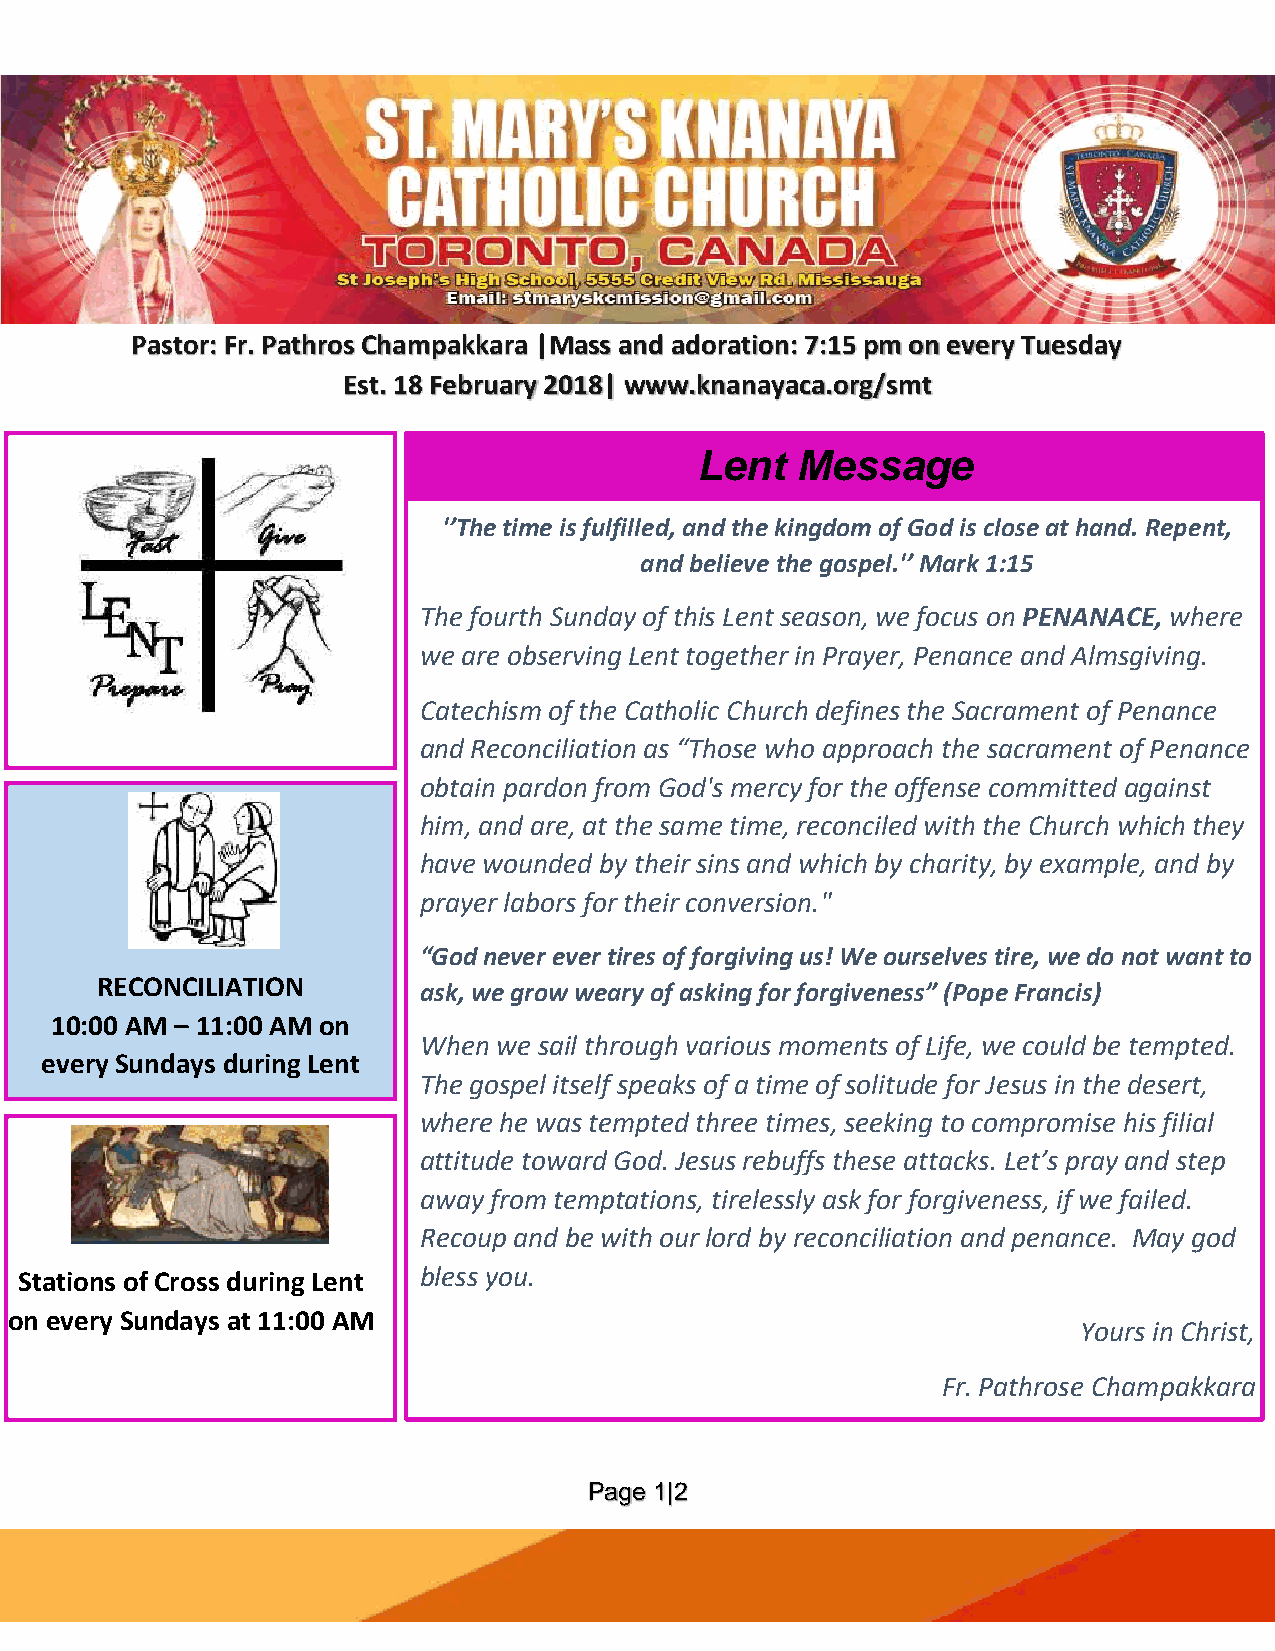
Pastor: Fr. Pathros Champakkara |Mass and adoration: 7:15 pm on every Tuesday
 Est. 18 February 2018| www.knanayaca.org/smt
 Lent   Message
 '’The time is fulfilled, and the kingdom of God is close at hand. Repent,
 and believe the gospel.'’ Mark 1:15
 The fourth Sunday of this Lent season, we focus on PENANACE, where
 we are observing Lent together in Prayer, Penance and Almsgiving.
 Catechism of the Catholic Church defines the Sacrament of Penance
 and Reconciliation as “Those who approach the sacrament of Penance
 obtain pardon from God's mercy for the offense committed against
 him, and are, at the same time, reconciled with the Church which they
 have wounded by their sins and which by charity, by example, and by
 prayer labors for their conversion."
 “God never ever tires of forgiving us! We ourselves tire, we do not want to
 RECONCILIATION
 ask, we grow weary of asking for forgiveness” (Pope Francis)
 10:00 AM – 11:00 AM on
 When we sail through various moments of Life, we could be tempted.
 every Sundays during Lent
 The gospel itself speaks of a time of solitude for Jesus in the desert,
 where he was tempted three times, seeking to compromise his filial
 attitude toward God. Jesus rebuffs these attacks. Let’s pray and step
 away from temptations, tirelessly ask for forgiveness, if we failed.
 Recoup and be with our lord by reconciliation and penance. May god
 Stations of Cross during Lent bless you.
 on every Sundays at 11:00 AM
 Yours in Christ,
 Fr. Pathrose Champakkara
 Page 1|2